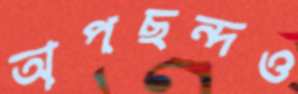
অপছন্দও